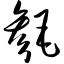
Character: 毵